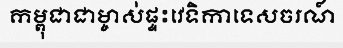
កម្ពុជាជាម្ចាស់ផ្ទះវេទិកាទេសចរណ៍